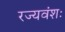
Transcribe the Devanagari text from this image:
रज्यवंशः